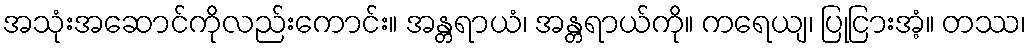
အသုံးအဆောင်ကိုလည်းကောင်း။ အန္တရာယံ၊ အန္တရာယ်ကို။ ကရေယျ၊ ပြုငြားအံ့။ တဿ၊